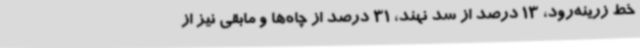
خط زرینه‌رود، 13 درصد از سد نهند، 31 درصد از چاه‌ها و مابقی نیز از